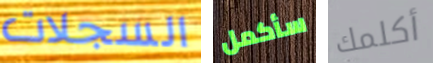
السجلات سأكمل أكلمك